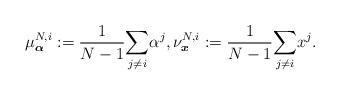
LaTeX: \begin{align*} \mu^{N,i}_{\boldsymbol{\alpha}}:=\frac{1}{N-1}\underset{j\neq i}{\sum} \alpha^j, \nu^{N,i}_{\boldsymbol{x}}:=\frac{1}{N-1}\underset{j\neq i}{\sum} x^j.\end{align*}